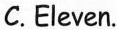
C. Eleven.